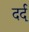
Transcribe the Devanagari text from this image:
दर्द्